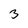
Character: 3